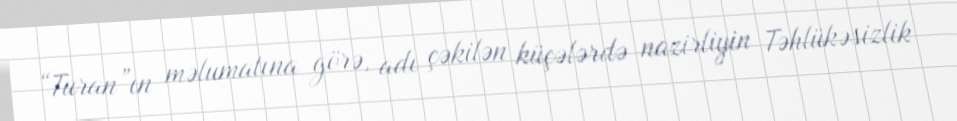
“Turan”ın məlumatına görə, adı çəkilən küçələrdə nazirliyin Təhlükəsizlik